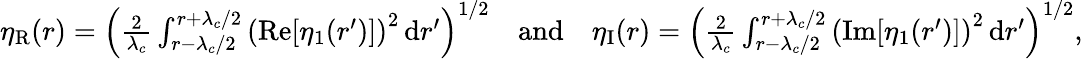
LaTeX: \begin{array}{r}{\eta_{\mathrm{R}}(r)=\left(\frac{2}{\lambda_{c}}\int_{r-\lambda_{c}/2}^{r+\lambda_{c}/2}\left(\mathrm{Re}[\eta_{1}(r^{\prime})]\right)^{2}\, \mathrm{d}r^{\prime}\right)^{1/2}\quad\mathrm{and}\quad\eta_{\mathrm{I}}(r)=\left(\frac{2}{\lambda_{c}}\int_{r-\lambda_{c}/2}^{r+\lambda_{c}/2}\left(\mathrm{Im}[\eta_{1}(r^{\prime})]\right)^{2}\, \mathrm{d}r^{\prime}\right)^{1/2},}\end{array}